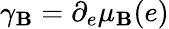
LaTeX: \gamma_{\mathbf{B}}=\partial_{e}\mu_{\mathbf{B}}(e)